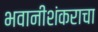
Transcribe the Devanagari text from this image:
भवानीशंकराचा